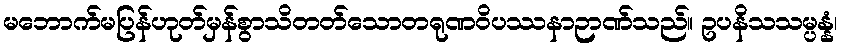
မဘောက်မပြန်ဟုတ်မှန်စွာသိတတ်သောတရုဏဝိပဿနာဉာဏ်သည်။ ဥပနိသသမ္ပန္နံ၊